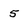
Character: 5